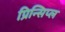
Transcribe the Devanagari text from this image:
प्रिन्सिप्ल